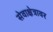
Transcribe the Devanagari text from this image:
सेवाक्षेत्रावर